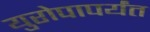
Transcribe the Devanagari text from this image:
युरोपापर्यंत